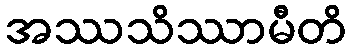
အဿသိဿာမီတိ